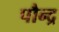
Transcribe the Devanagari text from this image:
पौन्द्र